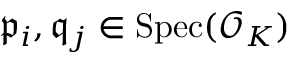
{ \mathfrak { p } } _ { i } , { \mathfrak { q } } _ { j } \in { \mathrm { S p e c } } ( { \mathcal { O } } _ { K } )